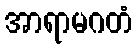
အာရာမဂတံ